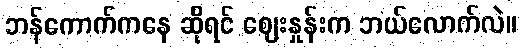
ဘန်ကောက်ကနေ ဆိုရင် ဈေးနှုန်းက ဘယ်လောက်လဲ။